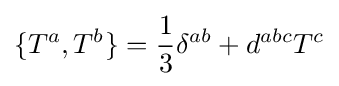
\{T^{a},T^{b}\}={\frac {1}{3}}\delta ^{ab}+d^{abc}T^{c}